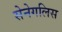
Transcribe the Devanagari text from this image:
सेनेगलिस